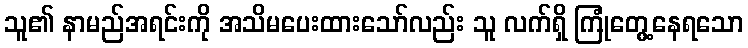
သူ၏ နာမည်အရင်းကို အသိမပေးထားသော်လည်း သူ လက်ရှိ ကြုံတွေ့နေရသော